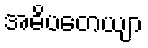
အဓိပတေယျာ